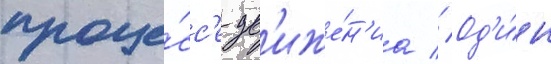
проце́сс'е дв'иже́н'иа // Од'и́н